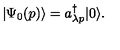
| \Psi _ { 0 } ( p ) \rangle = a _ { \lambda p } ^ { \dagger } | 0 \rangle .